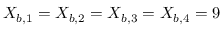
X _ { b , 1 } = X _ { b , 2 } = X _ { b , 3 } = X _ { b , 4 } = 9